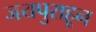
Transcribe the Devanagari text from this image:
जयपुराहून